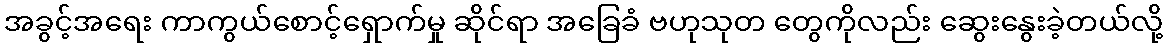
အခွင့်အရေး ကာကွယ်စောင့်ရှောက်မှု ဆိုင်ရာ အခြေခံ ဗဟုသုတ တွေကိုလည်း ဆွေးနွေးခဲ့တယ်လို့